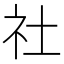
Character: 社